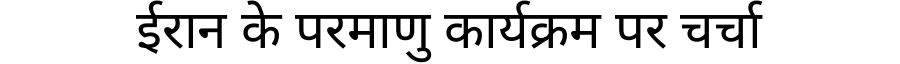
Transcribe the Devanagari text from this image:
ईरान के परमाणु कार्यक्रम पर चर्चा